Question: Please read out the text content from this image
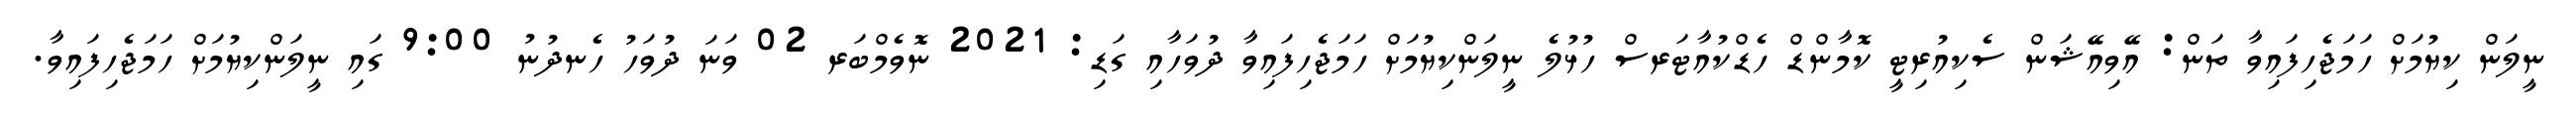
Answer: ނީލަން ކިޔުމަށް ހަމަޖެހިފައިވާ ތަން: އޭވިއޭޝަން ސެކިއުރިޓީ ކޮމާންޑް ހެޑްކުއާޓަރސް ހުޅުލެ ނީލަންކިޔުމަށް ހަމަޖެހިފައިވާ ދުވަހާއި ގަޑި: 2021 ނޮވެމްބަރ 02 ވަނަ ދުވަހު ހެނދުނު 9:00 ގައި ނީލަންކިޔުމަށް ހަމަޖެހިފައިވާ.